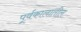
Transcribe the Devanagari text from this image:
पूर्वकालातील